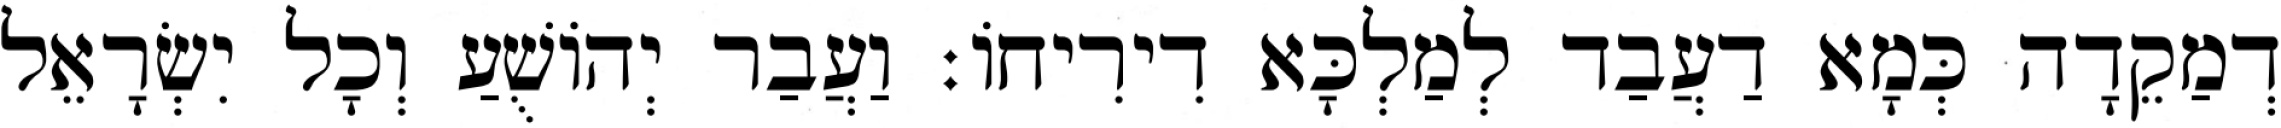
דְמַקֵדָה כְּמָא דַעֲבַד לְמַלְכָּא דִירִיחוֹ׃ וַעֲבַר יְהוֹשֻׁעַ וְכָל יִשְׂרָאֵל